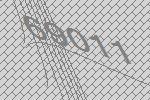
69011